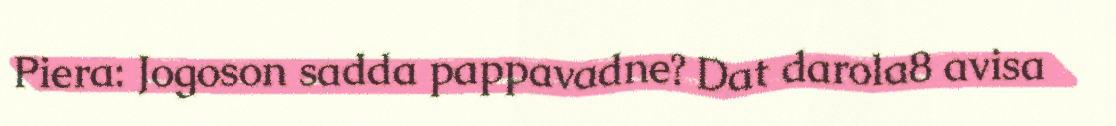
Piera: Jogoson sadda pappavadne? Dat darola8 avisa